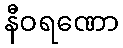
နီဝရဏော